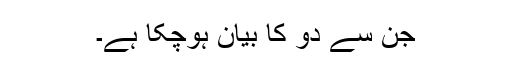
جن سے دو کا بیان ہوچکا ہے۔